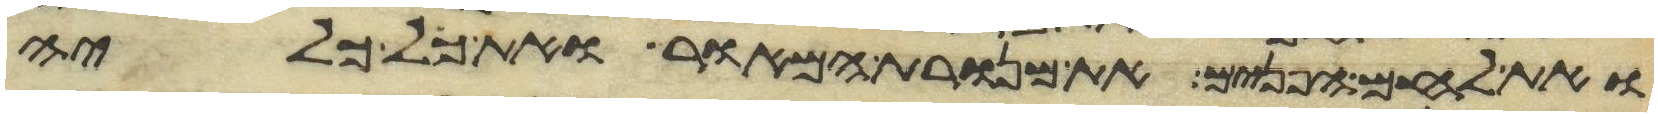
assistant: ואת לחם הפנים את מנורת המאור ואת כל כליה